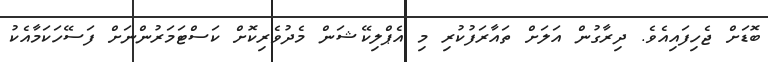
ބޮޑަށް ޖެހިފައިއެވެ. ދިރާގުން އަލަށް ތައާރަފުކުރި މި އެޕްލިކޭޝަން މެދުވެރިކޮށް ކަސްޓަމަރުންނަށް ފަސޭހަކަމާއެކު